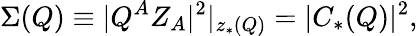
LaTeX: \Sigma(Q)\equiv|Q^{A}Z_{A}|^{2}|_{z_{*}(Q)}=|C_{*}(Q)|^{2},